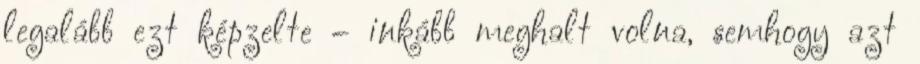
legalább ezt képzelte – inkább meghalt volna, semhogy azt